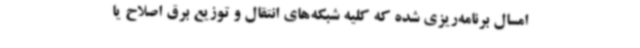
امسال برنامه‌ریزی شده که کلیه شبکه‌های انتقال و توزیع برق اصلاح یا